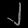
Digit: ၂